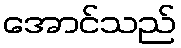
အောင်သည်